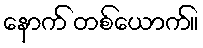
နောက် တစ်ယောက်။